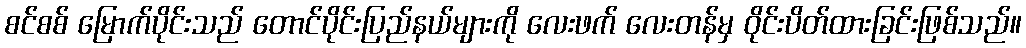
စင်စစ် မြောက်ပိုင်းသည် တောင်ပိုင်းပြည်နယ်များကို လေးဖက် လေးတန်မှ ဝိုင်းပိတ်ထားခြင်းဖြစ်သည်။